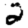
Digit: 2